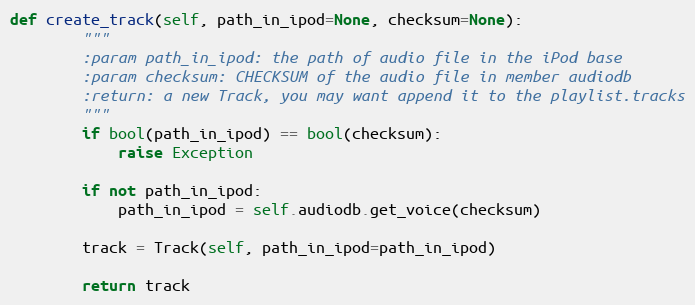
Language: Python
def create_track(self, path_in_ipod=None, checksum=None):
        """
        :param path_in_ipod: the path of audio file in the iPod base
        :param checksum: CHECKSUM of the audio file in member audiodb
        :return: a new Track, you may want append it to the playlist.tracks
        """
        if bool(path_in_ipod) == bool(checksum):
            raise Exception

        if not path_in_ipod:
            path_in_ipod = self.audiodb.get_voice(checksum)

        track = Track(self, path_in_ipod=path_in_ipod)

        return track